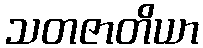
သတဇာတိယာ